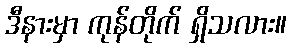
ဒီနားမှာ ကုန်တိုက် ရှိသလား။